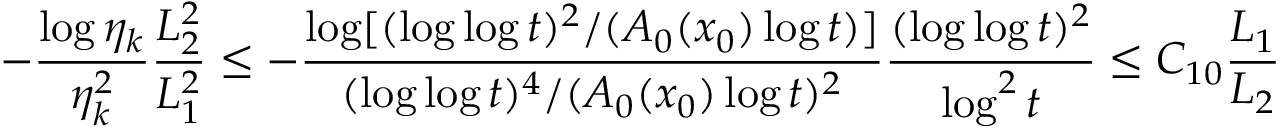
- \frac { \log \eta _ { k } } { \eta _ { k } ^ { 2 } } \frac { L _ { 2 } ^ { 2 } } { L _ { 1 } ^ { 2 } } \le - \frac { \log [ ( \log \log t ) ^ { 2 } / ( A _ { 0 } ( x _ { 0 } ) \log t ) ] } { ( \log \log t ) ^ { 4 } / ( A _ { 0 } ( x _ { 0 } ) \log t ) ^ { 2 } } \frac { ( \log \log t ) ^ { 2 } } { \log ^ { 2 } t } \le C _ { 1 0 } \frac { L _ { 1 } } { L _ { 2 } }